Manual of the Civil Veterinary Department, Central Provinces and Berar
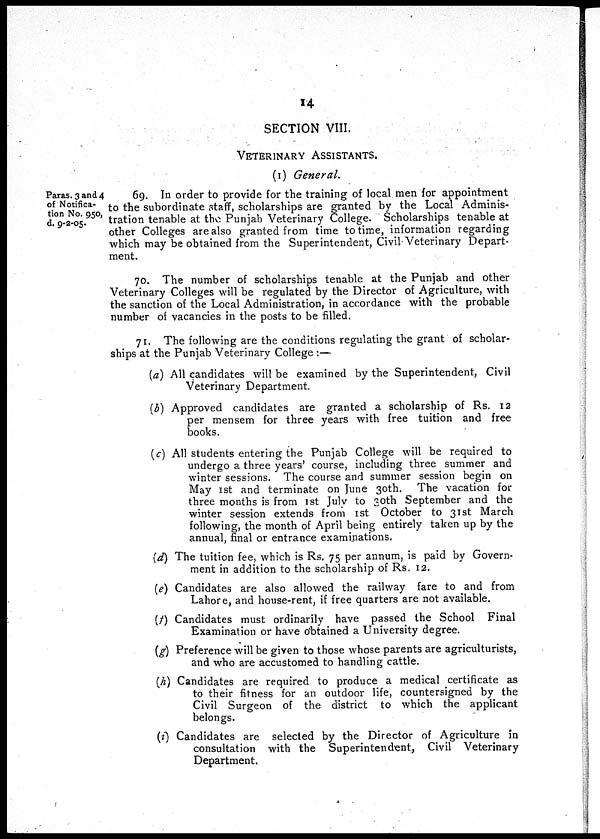
14
SECTION VIII.
VETERINARY ASSISTANTS.
(1) General.
Paras. 3 and 4
of Notifica-
tion No. 950,
d. 9-2-05.
69. In order to provide for the training of local men for appointment
to the subordinate staff, scholarships are granted by the Local Adminis-
tration tenable at the Punjab Veterinary College. Scholarships tenable at
other Colleges are also granted from time to time, information regarding
which may be obtained from the Superintendent, Civil Veterinary Depart-
ment.
70. The number of scholarships tenable at the Punjab and other
Veterinary Colleges will be regulated by the Director of Agriculture, with
the sanction of the Local Administration, in accordance with the probable
number of vacancies in the posts to be filled.
71. The following are the conditions regulating the grant of scholar-
ships at the Punjab Veterinary College:—
(a) All candidates will be examined by the Superintendent, Civil
Veterinary Department.
(b) Approved candidates are granted a scholarship of Rs. 12
per mensem for three years with free tuition and free
books.
(c) All students entering the Punjab College will be required to
undergo a three years' course, including three summer and
winter sessions. The course and summer session begin on
May 1st and terminate on June 30th. The vacation for
three months is from 1st July to 30th September and the
winter session extends from 1st October to 31st March
following, the month of April being entirely taken up by the
annual, final or entrance examinations.
(d) The tuition fee, which is Rs. 75 per annum, is paid by Govern-
ment in addition to the scholarship of Rs. 12.
(e) Candidates are also allowed the railway fare to and from
Lahore, and house-rent, if free quarters are not available.
(f) Candidates must ordinarily have passed the School Final
Examination or have obtained a University degree.
(g) Preference will be given to those whose parents are agriculturists,
and who are accustomed to handling cattle.
(h) Candidates are required to produce a medical certificate as
to their fitness for an outdoor life, countersigned by the
Civil Surgeon of the district to which the applicant
belongs.
(i) Candidates are selected by the Director of Agriculture in
consultation with the Superintendent, Civil Veterinary
Department.